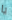
يا